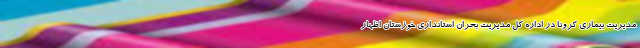
مدیریت بیماری کرونا در اداره کل مدیریت بحران استانداری خوزستان اظهار